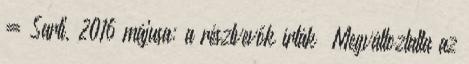
= Sarti, 2016 májusa: a résztvevők írták “Megváltoztatta az